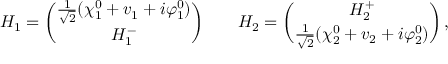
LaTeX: H _ { 1 } = { \binom { \textstyle { \frac { 1 } { \sqrt { 2 } } } ( \chi _ { 1 } ^ { 0 } + v _ { 1 } + i \varphi _ { 1 } ^ { 0 } ) } { H _ { 1 } ^ { - } } } \qquad H _ { 2 } = { \binom { H _ { 2 } ^ { + } } { \textstyle { \frac { 1 } { \sqrt { 2 } } } ( \chi _ { 2 } ^ { 0 } + v _ { 2 } + i \varphi _ { 2 } ^ { 0 } ) } } \, ,